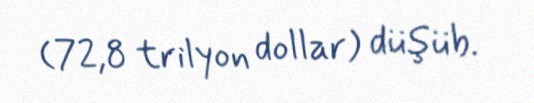
(72,8 trilyon dollar) düşüb.